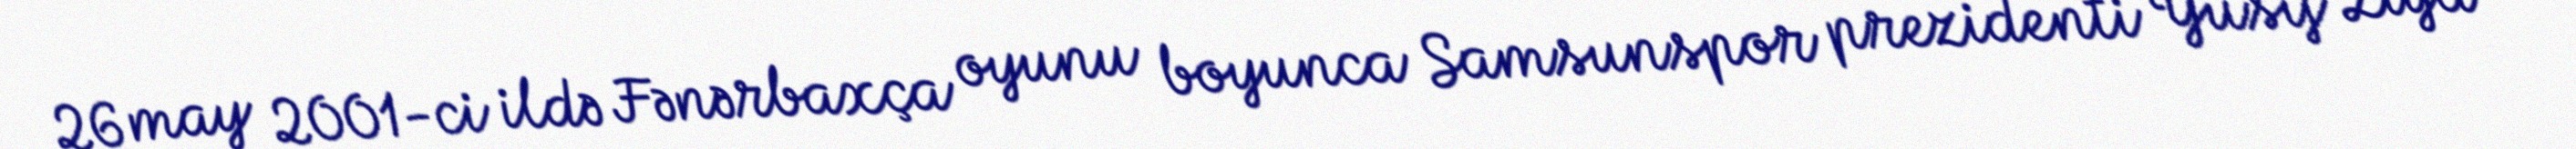
26 may 2001-ci ildə Fənərbaxça oyunu boyunca Samsunspor prezidenti Yusif Ziya